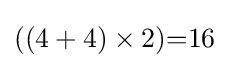
((4+4)\times 2){=}16